Problem: 2 × 7 = ?
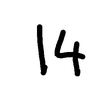
Handwritten answer: 14